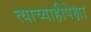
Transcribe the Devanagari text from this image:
त्याच्याहीपेक्षा